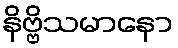
နိဗ္ဗိသမာနော